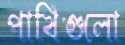
পাখিগুলো